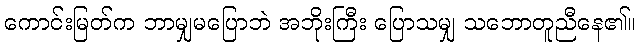
ကောင်းမြတ်က ဘာမျှမပြောဘဲ အဘိုးကြီး ပြောသမျှ သဘောတူညီနေ၏။